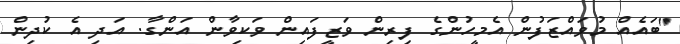
"ބައެއް މުވައްޒަފުން އެމީހުންގެ ފިރިން ވަޒީފައިން ވަކިވާން އަންގާ. އަދި އެ ކުދިން